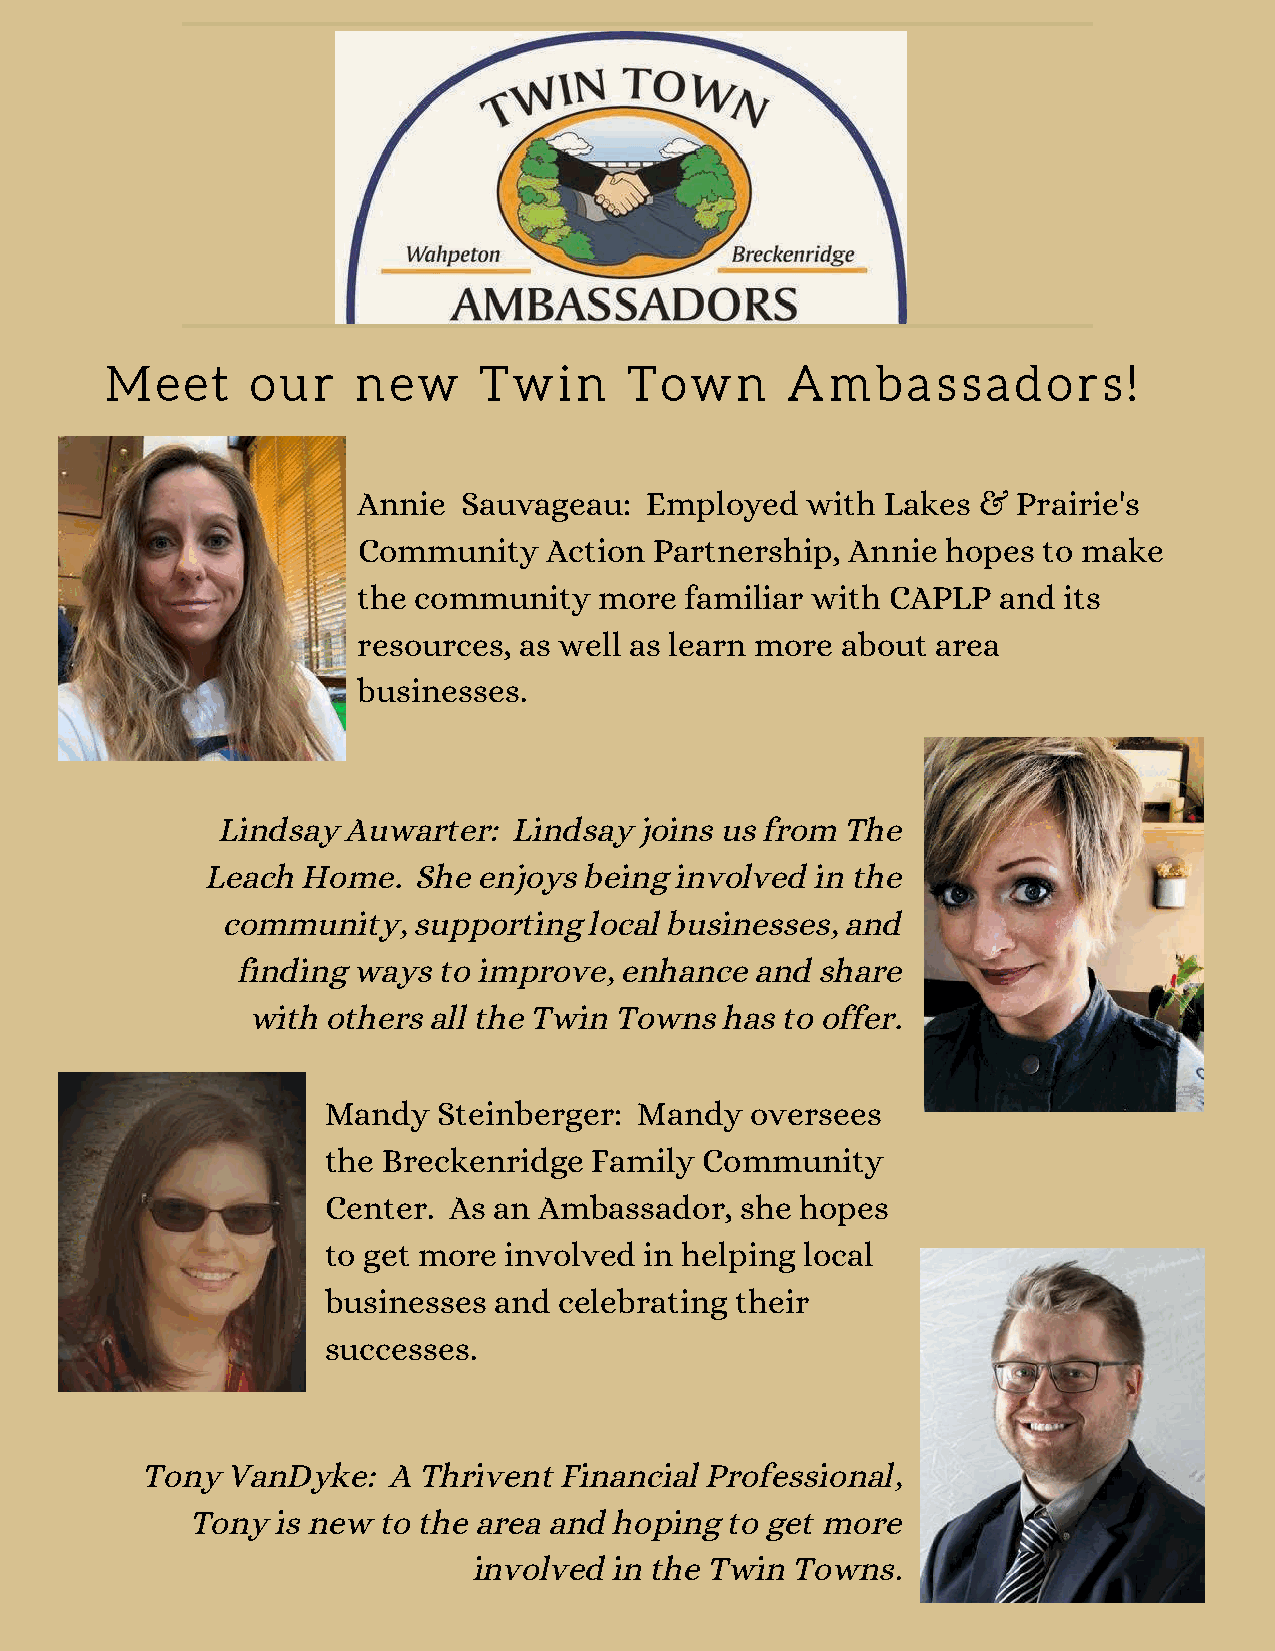
Meet      our    new     Twin      Town      Ambassadors!
 Annie  Sauvageau:  Employed  with  Lakes & Prairie's
 Community   Action Partnership, Annie  hopes to make
 the community   more familiar with CAPLP  and its
 resources, as well as learn more about area
 businesses.
 Lindsay Auwarter:  Lindsay joins us from The
 Leach Home.   She enjoys being involved in the
 community,   supporting local businesses, and
 finding ways to improve, enhance  and share
 with others all the Twin Towns has to offer.
 Mandy  Steinberger: Mandy   oversees
 the Breckenridge Family Community
 Center. As an Ambassador,  she hopes
 to get more involved in helping local
 businesses and celebrating their
 successes.
 Tony VanDyke:   A Thrivent Financial Professional,
 Tony is new to the area and hoping to get more
 involved  in the Twin Towns.